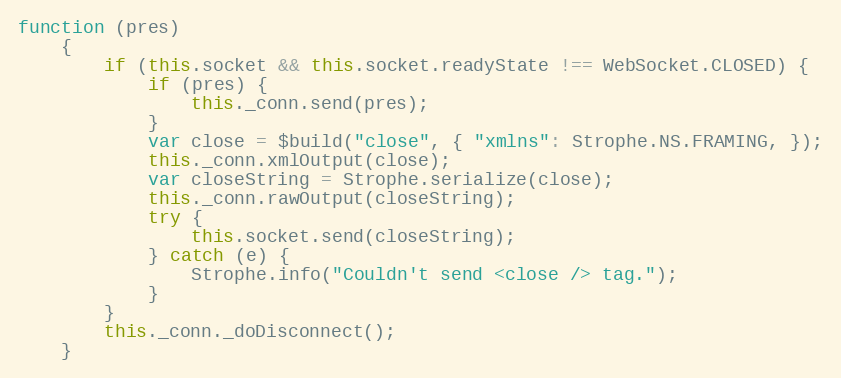
Language: JavaScript
function (pres)
    {
        if (this.socket && this.socket.readyState !== WebSocket.CLOSED) {
            if (pres) {
                this._conn.send(pres);
            }
            var close = $build("close", { "xmlns": Strophe.NS.FRAMING, });
            this._conn.xmlOutput(close);
            var closeString = Strophe.serialize(close);
            this._conn.rawOutput(closeString);
            try {
                this.socket.send(closeString);
            } catch (e) {
                Strophe.info("Couldn't send <close /> tag.");
            }
        }
        this._conn._doDisconnect();
    }